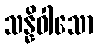
သန္နိဝါသော